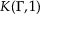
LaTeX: K ( \Gamma , 1 )